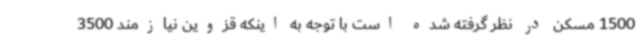
1500 مسکن در نظر گرفته شده است با توجه به اینکه قزوین نیازمند 3500